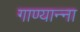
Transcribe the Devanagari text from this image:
गाण्यान्ना